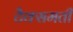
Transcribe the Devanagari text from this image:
टैक्समती